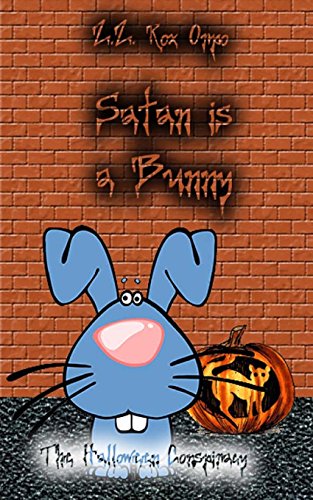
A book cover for Satan is a Bunny The Halloween Conspiracy; Z.Z. Rox Orpo; Crafts, Hobbies & Home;